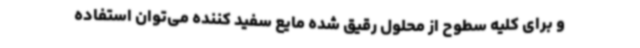
و برای کلیه سطوح از محلول رقیق شده مایع سفید کننده می‌توان استفاده